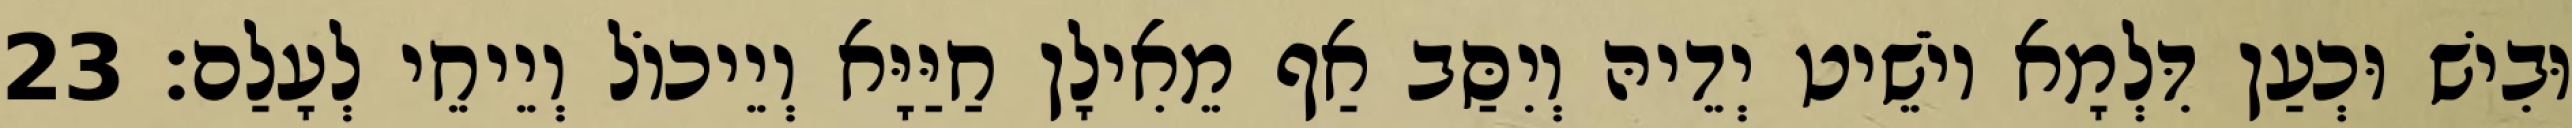
וּבִישׁ וּכְעַן דִּלְמָא יוֹשֵׁיט יְדֵיהּ וְיִסַּב אַף מֵאִילָן חַיַּיָּא וְיֵיכוֹל וְיֵיחֵי לְעָלַם׃ 23